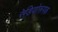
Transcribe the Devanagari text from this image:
रेडियोरूपक